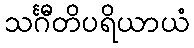
သင်္ဂီတိပရိယာယံ